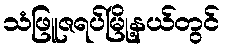
သံဖြူဇရပ်မြို့နယ်တွင်